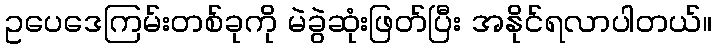
ဥပေဒေကြမ်းတစ်ခုကို မဲခွဲဆုံးဖြတ်ပြီး အနိုင်ရလာပါတယ်။